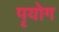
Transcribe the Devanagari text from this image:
पॄयोग